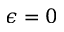
\epsilon = 0